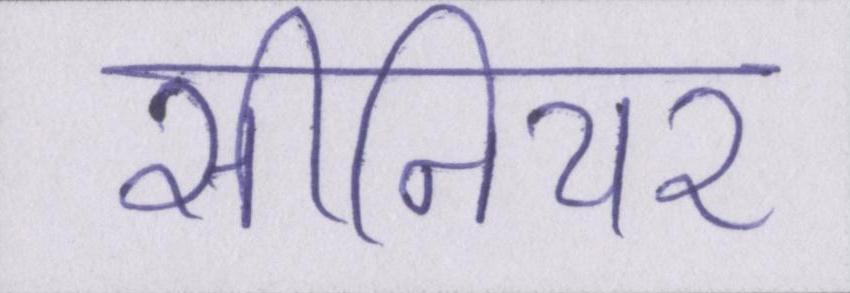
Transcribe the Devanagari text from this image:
सीनियर